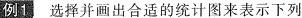
例1 选择并画出合适的统计图来表示下列